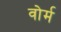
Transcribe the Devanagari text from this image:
वोर्म